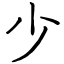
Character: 少